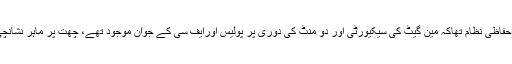
سب سے بڑی کوتاہی سکول کاکمزور حفاظی نظام تھاکہ مین گیٹ کی سیکیورٹی اور دو منٹ کی دوری پر پولیس اورایف سی کے جوان موجود تھے، چھت پر ماہر نشانچی(Sharp shooters) موجود تھے ۔